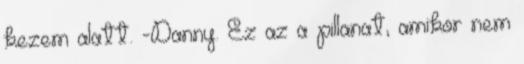
kezem alatt. -Danny. Ez az a pillanat, amikor nem